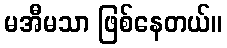
မအီမသာ ဖြစ်နေတယ်။